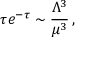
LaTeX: \tau e ^ { - \tau } \sim \frac { \Lambda ^ { 3 } } { \mu ^ { 3 } } \, ,